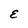
Character: E